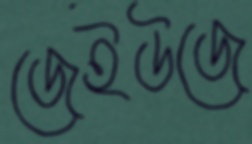
জেইউজে